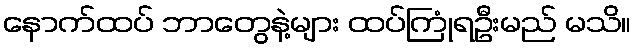
နောက်ထပ် ဘာတွေနဲ့များ ထပ်ကြုံရဦးမည် မသိ။